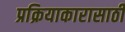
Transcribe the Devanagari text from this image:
प्रक्रियाकारासाठी